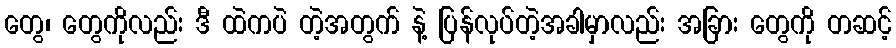
တွေ၊ တွေကိုလည်း ဒီ ထဲကပဲ တဲ့အတွက် နဲ့ ပြန်လုပ်တဲ့အခါမှာလည်း အခြား တွေကို တဆင့်